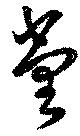
堂